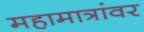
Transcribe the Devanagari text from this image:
महामात्रांवर